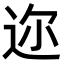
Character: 迩